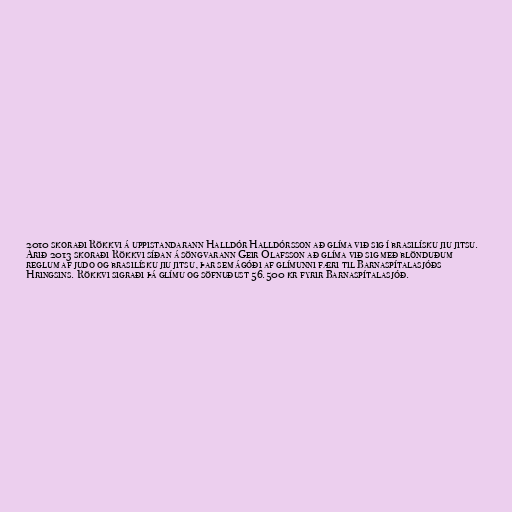
2010 skoraði Rökkvi á uppistandarann Halldór Halldórsson að glíma við sig í brasilísku jiu jitsu.
Árið 2013 skoraði Rökkvi síðan á söngvarann Geir Ólafsson að glíma við sig með blönduðum
reglum af judo og brasilísku jiu jitsu, þar sem ágóði af glímunni færi til Barnaspítalasjóðs
Hringsins. Rökkvi sigraði þá glímu og söfnuðust 56.500 kr fyrir Barnaspítalasjóð.